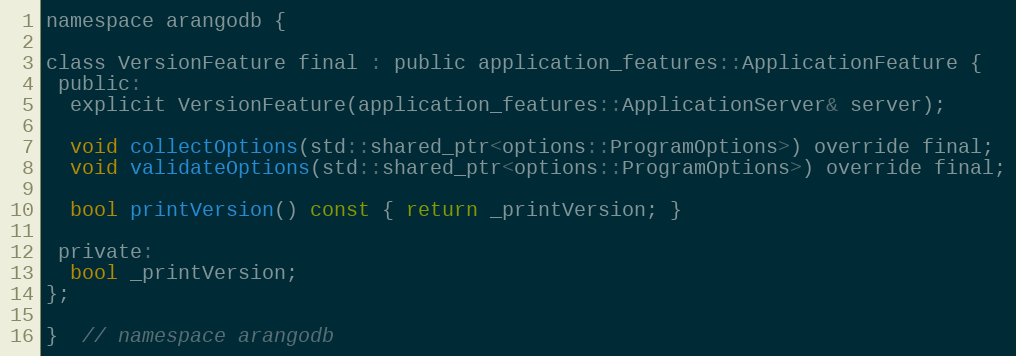
Language: C
namespace arangodb {

class VersionFeature final : public application_features::ApplicationFeature {
 public:
  explicit VersionFeature(application_features::ApplicationServer& server);

  void collectOptions(std::shared_ptr<options::ProgramOptions>) override final;
  void validateOptions(std::shared_ptr<options::ProgramOptions>) override final;

  bool printVersion() const { return _printVersion; }

 private:
  bool _printVersion;
};

}  // namespace arangodb